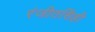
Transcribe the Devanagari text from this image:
रंजीतसिंही